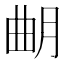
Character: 𣌴